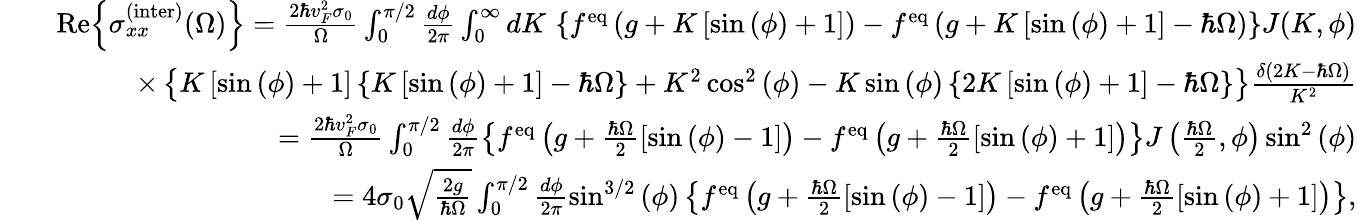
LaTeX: \begin{array}{rlr}&{}&{\mathrm{Re}{\left\{ \sigma_{xx}^{\mathrm{(inter)}}(\Omega)\right\} }=\frac{2\hbar v_{F}^{2}\sigma_{0}}{\Omega}\int_{0}^{\pi/2}\frac{d\phi}{2\pi}\int_{0}^{\infty}dK\, \left\{ f^{\mathrm{eq}}\left(g+K\left[\sin{(\phi)}+1\right]\right)-f^{\mathrm{eq}}\left(g+K\left[\sin{(\phi)}+1\right]-\hbar\Omega\right)\right\} J(K,\phi)}\\ &{}&{\times\left\{ K\left[\sin{(\phi)}+1\right]\left\{ K\left[\sin{(\phi)}+1\right]-\hbar\Omega\right\} +K^{2}\cos^{2}{(\phi)}-K\sin{(\phi)}\left\{ 2K\left[\sin{(\phi)}+1\right]-\hbar\Omega\right\} \right\} \frac{\delta\left(2K-\hbar\Omega\right)}{K^{2}}}\\ &{}&{=\frac{2\hbar v_{F}^{2}\sigma_{0}}{\Omega}\int_{0}^{\pi/2}\frac{d\phi}{2\pi}\left\{ f^{\mathrm{eq}}\left(g+\frac{\hbar\Omega}{2}\left[\sin{(\phi)}-1\right]\right)-f^{\mathrm{eq}}\left(g+\frac{\hbar\Omega}{2}\left[\sin{(\phi)}+1\right]\right)\right\} J\left(\frac{\hbar\Omega}{2},\phi\right)\sin^{2}{(\phi)}}\\ &{}&{=4\sigma_{0}\sqrt{\frac{2g}{\hbar\Omega}}\int_{0}^{\pi/2}\frac{d\phi}{2\pi}\sin^{3/2}{(\phi)}\left\{ f^{\mathrm{eq}}\left(g+\frac{\hbar\Omega}{2}\left[\sin{(\phi)}-1\right]\right)-f^{\mathrm{eq}}\left(g+\frac{\hbar\Omega}{2}\left[\sin{(\phi)}+1\right]\right)\right\} ,}\end{array}